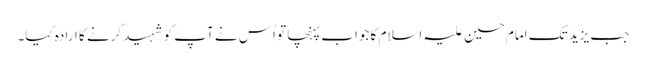
جب یزید تک امام حسین علیہ اسلام کا جواب پہنچا تو اُس نے آپ کو شہید کرنے کا ارادہ کیا۔